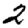
Digit: 2